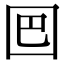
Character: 𡇃